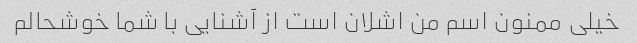
خیلی ممنون اسم من اشلان است از آشنایی با شما خوشحالم